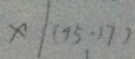
x \vert ( 4 5 - 1 7 )